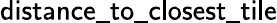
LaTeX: \mathsf{distance\_ to\_ closest\_ tile}